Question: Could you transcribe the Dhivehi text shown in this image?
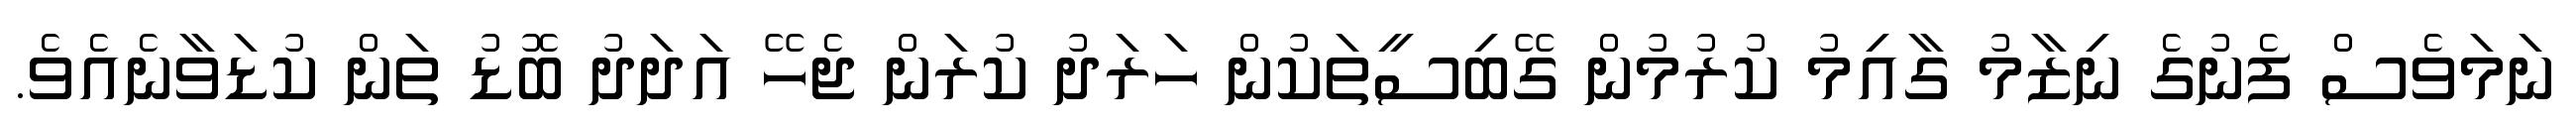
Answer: ނަމަވެސް ފެނުގެ ނިޒާމު ގާއިމު ކުރުމުން ގޭބިސީތަކުން ހަރަދު ކުރަން ޖެހޭ އަދަދު ބޮޑު ތަން ކުޑަވާނެއެވެ.